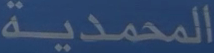
المحمدية